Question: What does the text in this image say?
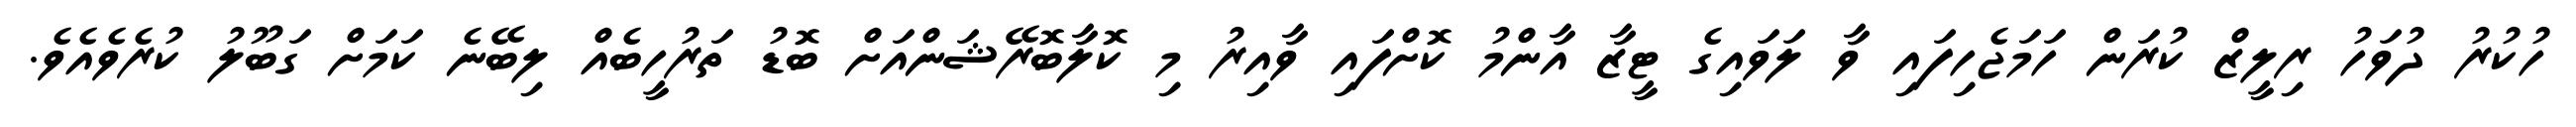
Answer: ހުކުރު ދުވަހު ރިލީޒް ކުރަން ހަމަޖެހިފައި ވާ ލަވައިގެ ޓީޒާ އާންމު ކޮށްފައި ވާއިރު މި ކޮލާބޮރޭޝަންއަށް ބޮޑު ތަރުހީބެއް ލިބޭނެ ކަމަށް ގަބޫލު ކުރެވެއެވެ.